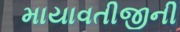
માયાવતીજીની